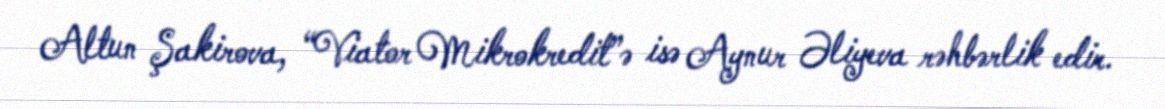
Altun Şakirova, “Viator Mikrokredit”ə isə Aynur Əliyeva rəhbərlik edir.